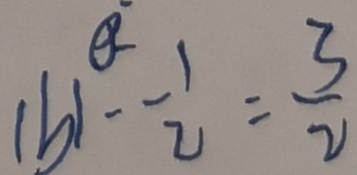
\vert b \vert - \frac { 1 } { 2 } = \frac { 3 } { 2 }